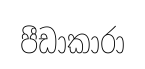
පීඩාකාරා